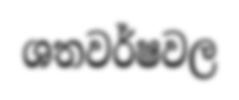
ශතවර්ෂවල